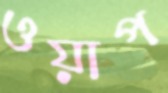
ওয়াপ